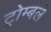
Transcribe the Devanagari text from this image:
ट्रोम्बले